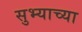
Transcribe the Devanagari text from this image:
सुभ्याच्या